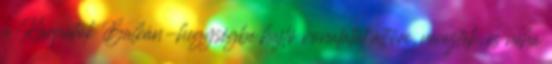
a Kárpátok Balkán-hegységbe hajló vonulatát áttöri, nevezték, és néha